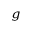
_ g